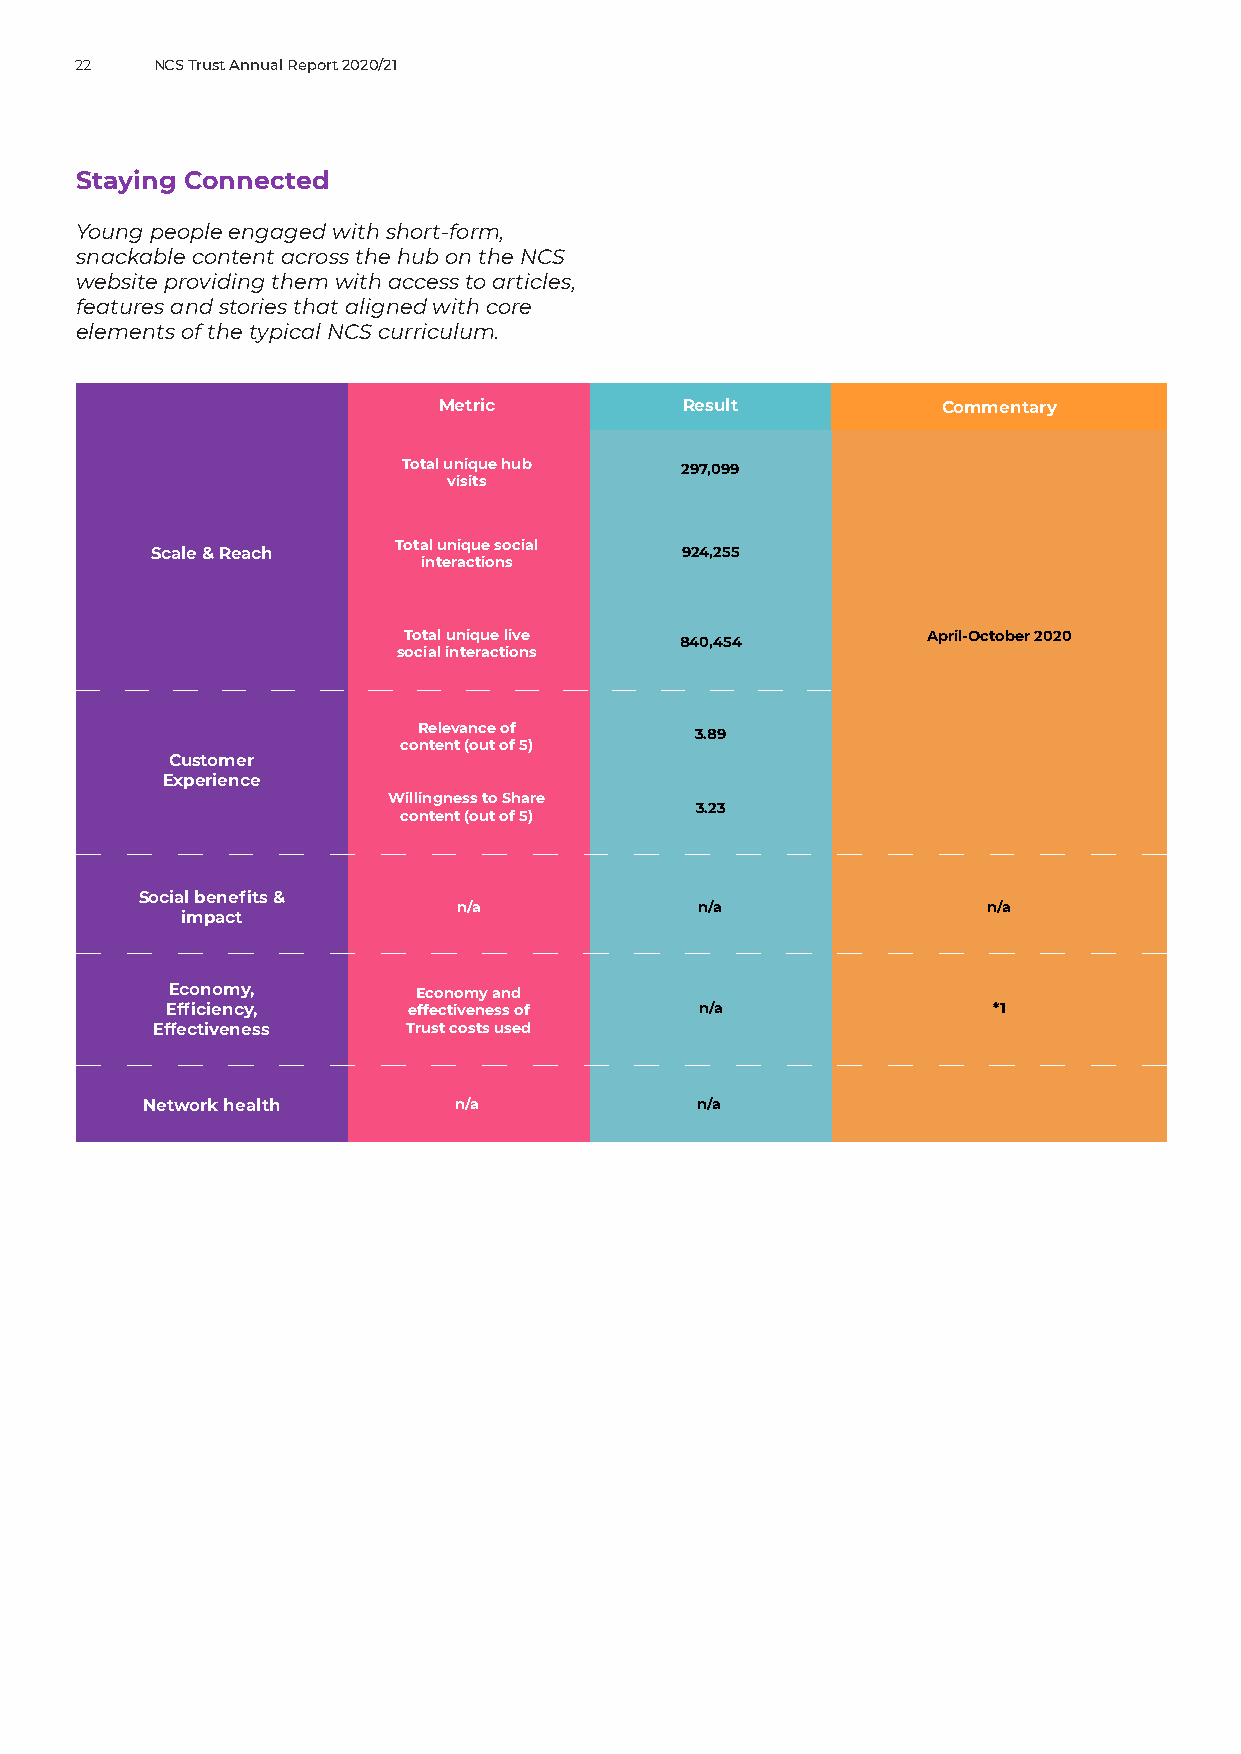
22   NCS Trust Annual Report 2020/21
 Staying Connected
 Young people engaged with short-form,
 snackable content across the hub on the NCS
 website providing them with access to articles,
 features and stories that aligned with core
 elements of the typical NCS curriculum.
 Metric          Result           Commentary
 Total unique hub  297,099
 visits
 Total unique social
 Scale & Reach                      924,255
 interactions
 Total unique live 840,454         April-October 2020
 social interactions
 Relevance of      3.89
 content (out of 5)
 Customer
 Experience
 Willingness to Share
 3.23
 content (out of 5)
 Social benefits &
 n/a             n/a                n/a
 impact
 Economy,         Economy and
 Efficiency,     effectiveness of   n/a                 *1
 Effectiveness    Trust costs used
 Network health      n/a             n/a